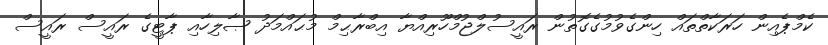
ކެމްޕެއިން ހަރަކާތްތައް ހިންގެވުމުގެގޮތުން ރައީސުލްޖުމްހޫރިއްޔާ އިބްރާޙިމް މުޙައްމަދު ޞާލިހާއި ޕާޓީގެ ރައީސް ރައީސް